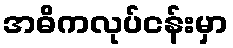
အဓိကလုပ်ငန်းမှာ